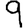
Digit: 9